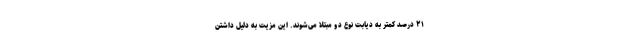
۲۱ درصد کمتر به دیابت نوع دو مبتلا می‌شوند. این مزیت به دلیل داشتن